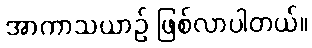
အာကာသယာဉ် ဖြစ်လာပါတယ်။